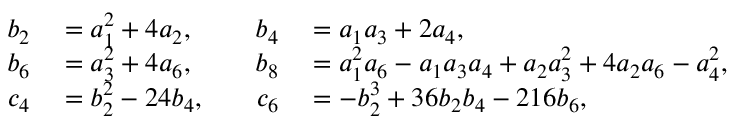
\begin{array} { r l r l } { b _ { 2 } } & { { } = a _ { 1 } ^ { 2 } + 4 a _ { 2 } , \quad } & { b _ { 4 } } & { { } = a _ { 1 } a _ { 3 } + 2 a _ { 4 } , } \\ { b _ { 6 } } & { { } = a _ { 3 } ^ { 2 } + 4 a _ { 6 } , \quad } & { b _ { 8 } } & { { } = a _ { 1 } ^ { 2 } a _ { 6 } - a _ { 1 } a _ { 3 } a _ { 4 } + a _ { 2 } a _ { 3 } ^ { 2 } + 4 a _ { 2 } a _ { 6 } - a _ { 4 } ^ { 2 } , } \\ { c _ { 4 } } & { { } = b _ { 2 } ^ { 2 } - 2 4 b _ { 4 } , \quad } & { c _ { 6 } } & { { } = - b _ { 2 } ^ { 3 } + 3 6 b _ { 2 } b _ { 4 } - 2 1 6 b _ { 6 } , } \end{array}